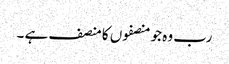
رب وہ جو منصفوں کا منصف ہے ۔